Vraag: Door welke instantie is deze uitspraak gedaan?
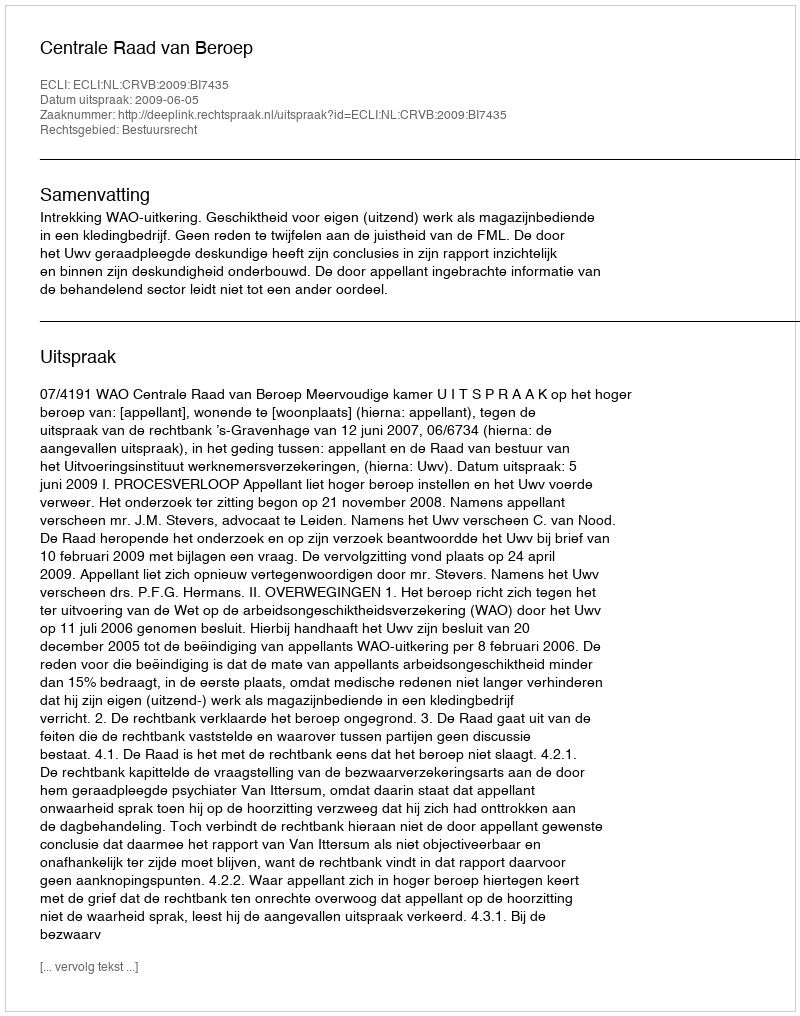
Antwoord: Centrale Raad van Beroep